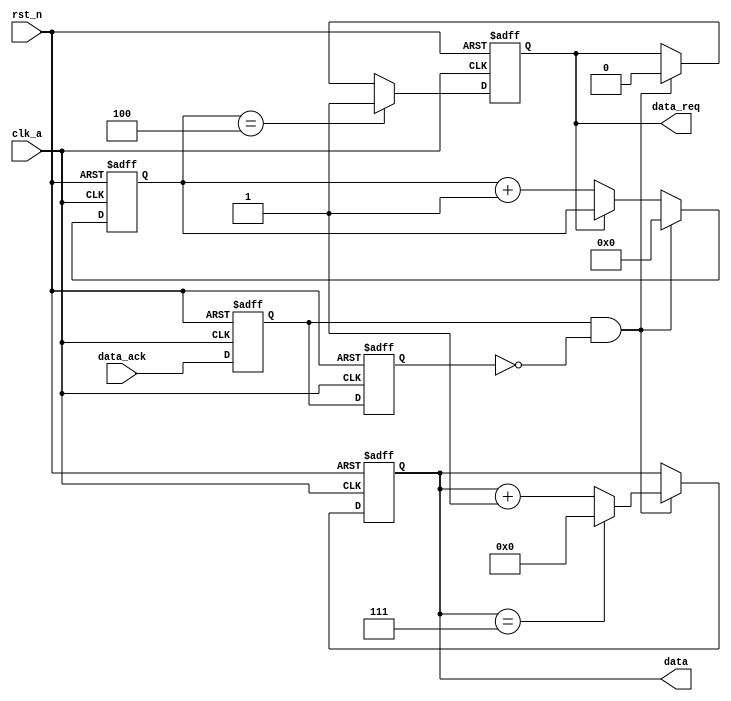
module data_driver (
	input clk_a,
	input rst_n,
	input data_ack ,

	output reg [3:0] data,
	output reg data_req
);
	reg data_ack_dly1 ;
	reg data_ack_dly2 ;
	reg [9 : 0] cnt ;

	always @(posedge clk_a or negedge rst_n) begin
		if (rst_n == 1'b0) begin
			data_ack_dly1 <= '0 ;
			data_ack_dly2 <= '0 ;
		end
		else begin
			data_ack_dly1 <= data_ack 		;
			data_ack_dly2 <= data_ack_dly1  ;
		end
	end

	always @(posedge clk_a or negedge rst_n) begin
		if (rst_n == 1'b0) begin
			data <= '0 ;
		end
		else if (data_ack_dly1 && ~data_ack_dly2) begin
			data <= (data == 4'b0111) ? 4'b0000 : data + 1'b1 ;
		end else begin
			data <= data ;
		end
	end

	always @(posedge clk_a or negedge rst_n) begin
		if (rst_n == 1'b0) begin
			cnt <= '0 ;
		end
		else if (data_ack_dly1 && ~data_ack_dly2) begin
			cnt <= 0 ;
		end else if (data_req) begin
			cnt <= cnt ;
		end else
			cnt <= cnt + 1;
	end

	always @(posedge clk_a or negedge rst_n) begin
		if (rst_n == 1'b0) begin
			data_req <= '0 ;
		end
		else if (cnt == 3'd4) begin
			data_req <= 1'b1 ;
		end else if (data_ack_dly1 && ~data_ack_dly2) begin
			data_req <= 1'b0 ;
		end else begin
			data_req <= data_req ;
		end
	end

endmodule